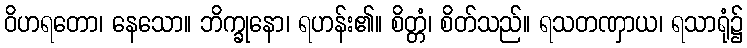
ဝိဟရတော၊ နေသော။ ဘိက္ခုနော၊ ရဟန်း၏။ စိတ္တံ၊ စိတ်သည်။ ရသတဏှာယ၊ ရသာရုံ၌